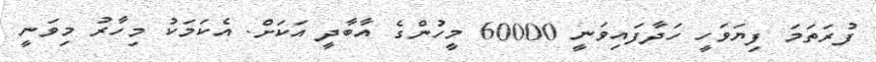
ފުރަތަމަ ފިޔަވަހީ ހަދާފައިވަނީ 60000 މީހުންގެ އާބާދީ އަކަށް. އެކަމަކު މިހާރު މިވަނީ